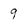
Character: 9